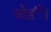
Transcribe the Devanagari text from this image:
जोड़ीं।